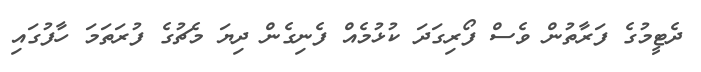
ދެޓީމުގެ ފަރާތުން ވެސް ފޯރިގަދަ ކުޅުމެއް ފެނިގެން ދިޔަ މެޗުގެ ފުރަތަމަ ހާފުގައި